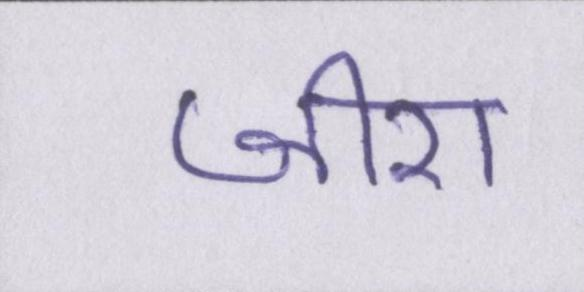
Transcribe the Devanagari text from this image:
जीरा